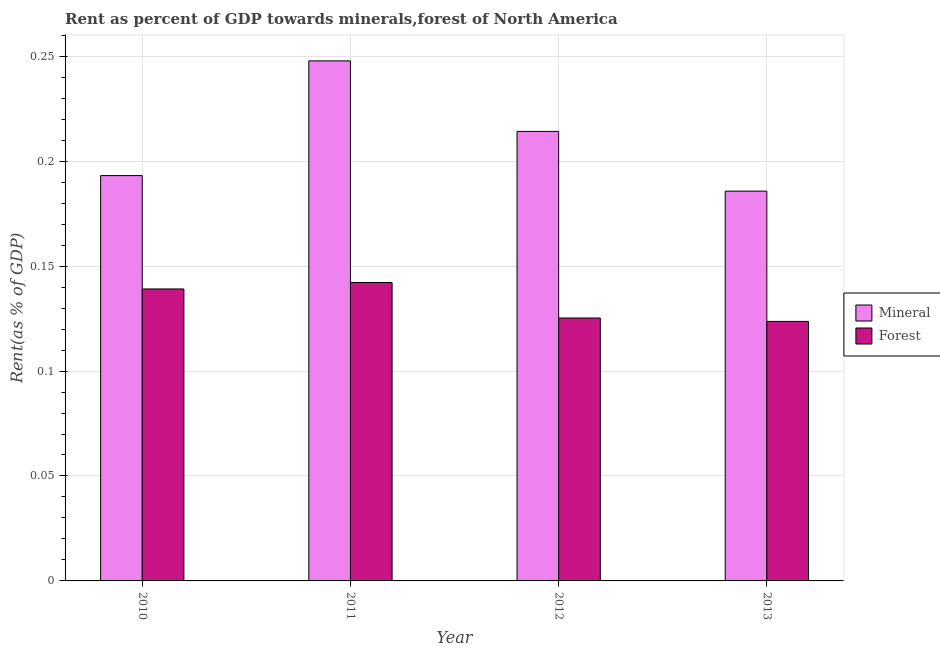
| Year | Mineral | Forest |
 | --- | --- | --- |
 | 2010 | 0.193 | 0.139 |
 | 2011 | 0.248 | 0.142 |
 | 2012 | 0.214 | 0.125 |
 | 2013 | 0.186 | 0.124 |